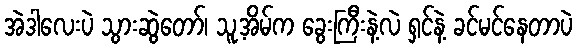
အဲဒါလေးပဲ သွားဆွဲတော်၊ သူ့အိမ်က ခွေးကြီးနဲ့လဲ ရှင်နဲ့ ခင်မင်နေတာပဲ